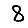
Digit: 8